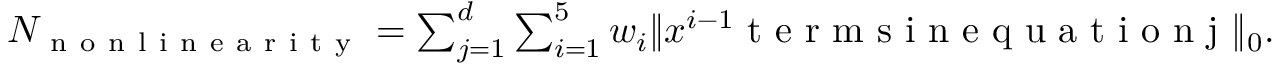
\begin{array} { r } { N _ { \mathrm { ~ n ~ o ~ n ~ l ~ i ~ n ~ e ~ a ~ r ~ i ~ t ~ y ~ } } = \sum _ { j = 1 } ^ { d } \sum _ { i = 1 } ^ { 5 } w _ { i } \| x ^ { i - 1 } \mathrm { ~ t ~ e ~ r ~ m ~ s ~ i ~ n ~ e ~ q ~ u ~ a ~ t ~ i ~ o ~ n ~ j ~ } \| _ { 0 } . } \end{array}